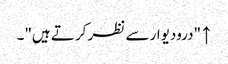
↑ "درودیوار سے نظر کرتے ہیں"۔